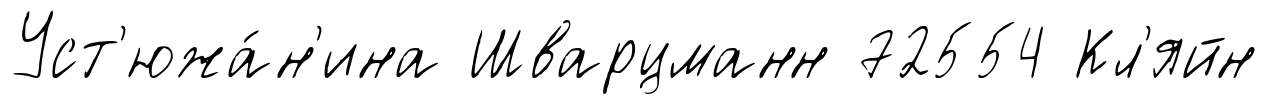
Уст'южа́н'ина Шварцманн 72554 Кл'яйн